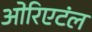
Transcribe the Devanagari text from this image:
ओरिएटंल